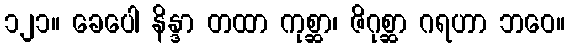
၁၂၁။ ခေပေါ နိန္ဒာ တထာ ကုစ္ဆာ၊ ဇိဂုစ္ဆာ ဂရဟာ ဘဝေ။